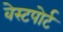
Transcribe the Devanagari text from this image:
वेस्‍टपोर्ट